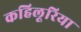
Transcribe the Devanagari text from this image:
कहिलूरिया